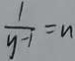
\frac { 1 } { y - 1 } = n